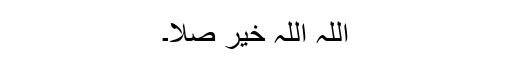
اللہ اللہ خیر صلا۔